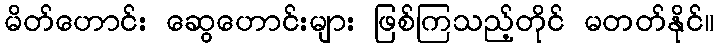
မိတ်ဟောင်း ဆွေဟောင်းများ ဖြစ်ကြသည့်တိုင် မတတ်နိုင်။